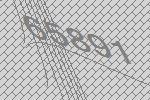
65891